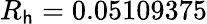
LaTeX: R_{\mathsf{h}}=0.05109375